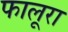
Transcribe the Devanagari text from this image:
फालूरा